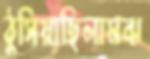
ঠুসিয়াছিলামঝ